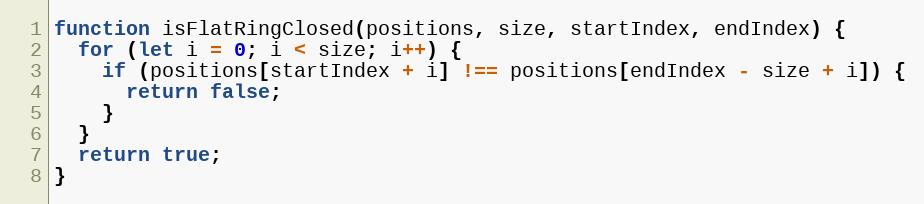
Language: JavaScript
function isFlatRingClosed(positions, size, startIndex, endIndex) {
  for (let i = 0; i < size; i++) {
    if (positions[startIndex + i] !== positions[endIndex - size + i]) {
      return false;
    }
  }
  return true;
}